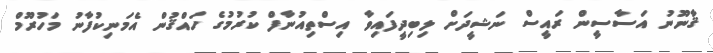
ޤާނޫނު އަސާސީން ރައީސް ނަޝީދަށް ލިބިދީފައިވާ އިސްތިއުނާފް ކުރުމުގެ ހައްޤުން އެމަނިކުފާނު މަހުރޫމް